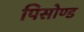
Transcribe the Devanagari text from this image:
पिसोण्ड